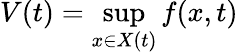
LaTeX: V(t)=\operatorname*{sup}_{x\in X\left(t\right)}f(x,t)